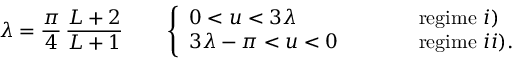
\lambda = \frac { \pi } { 4 } \, \frac { L + 2 } { L + 1 } \qquad \left\{ \begin{array} { l l l } { { 0 < u < 3 \lambda } } & { { \qquad } } & { { \mathrm { r e g i m e ~ } i ) } } \\ { { 3 \lambda - \pi < u < 0 } } & { { \qquad } } & { { \mathrm { r e g i m e ~ } i i ) . } } \end{array} \right.